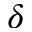
\delta